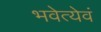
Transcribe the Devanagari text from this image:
भवेत्येवं